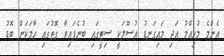
އެންމެ މުހިއްމު އަދި މައިގަނޑު އުސޫލަކީ ސިޓީގައި ބުނެފައިވާ ގޮތުގައި ހާމަކަން ބޮޑު